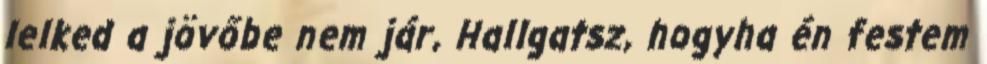
lelked a jövőbe nem jár, Hallgatsz, hogyha én festem